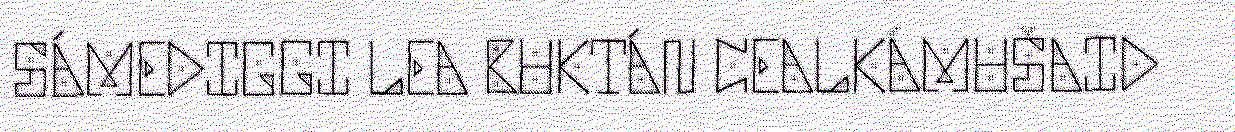
SÁMEDIGGI LEA BUKTÁN CEALKÁMUŠAID